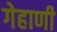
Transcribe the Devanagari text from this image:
गेहाणी